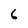
Character: 6